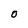
Character: O